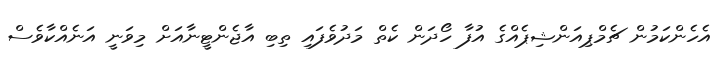
އެހެންކަމުން ޗެމްޕިއަންޝިޕެއްގެ އުފާ ހޯދަން ކެތް މަދުވެފައި ތިބި އާޖެންޓީނާއަށް މިވަނީ އަނެއްކާވެސް